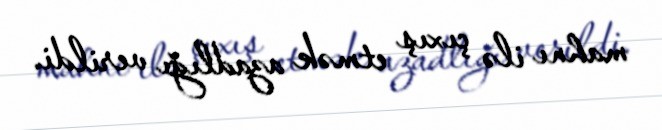
mahnı ilə çıxış etmək azadlığı verildi.